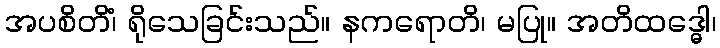
အပစိတိံ၊ ရိုသေခြင်းသည်။ နကရောတိ၊ မပြု။ အတိထဒ္ဓေါ၊